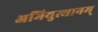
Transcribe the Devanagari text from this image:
अभियुत्थानम्